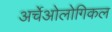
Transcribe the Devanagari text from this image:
अर्चेओलोगिकल